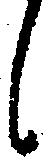
候